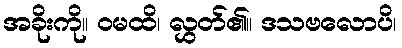
အခိုးကို။ ဝမထိ၊ လွှတ်၏။ ဒသဗလောပိ၊